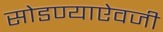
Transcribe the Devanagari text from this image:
सोडण्याऐवजी